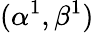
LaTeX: (\alpha^{1},\beta^{1})